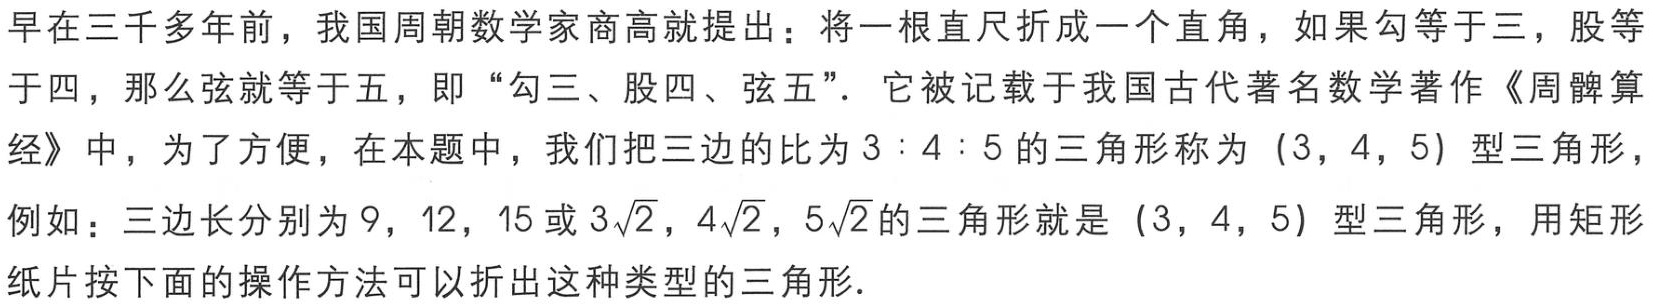
早在三千多年前，我国周朝数学家商高就提出：将一根直尺折成一个直角，如果勾等于三，股等于四，那么弦就等于五，即“勾三、股四、弦五”．它被记载于我国古代著名数学著作《周髀算经》中，为了方便，在本题中，我们把三边的比为\(3:4:5\)的三角形称为\((3,4,5)\)型三角形，例如：三边长分别为\(9\)，\(12\)，\(15\)或\(3\sqrt{2}\)，\(4\sqrt{2}\)，\(5\sqrt{2}\)的三角形就是\((3,4,5)\)型三角形，用矩形纸片按下面的操作方法可以折出这种类型的三角形．